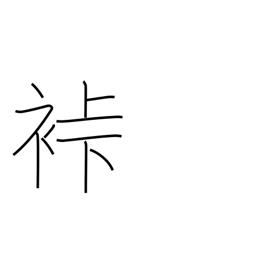
Meaning: samurai garb